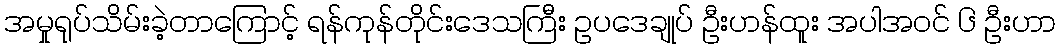
အမှုရုပ်သိမ်းခဲ့တာကြောင့် ရန်ကုန်တိုင်းဒေသကြီး ဥပဒေချုပ် ဦးဟန်ထူး အပါအဝင် ၆ ဦးဟာ